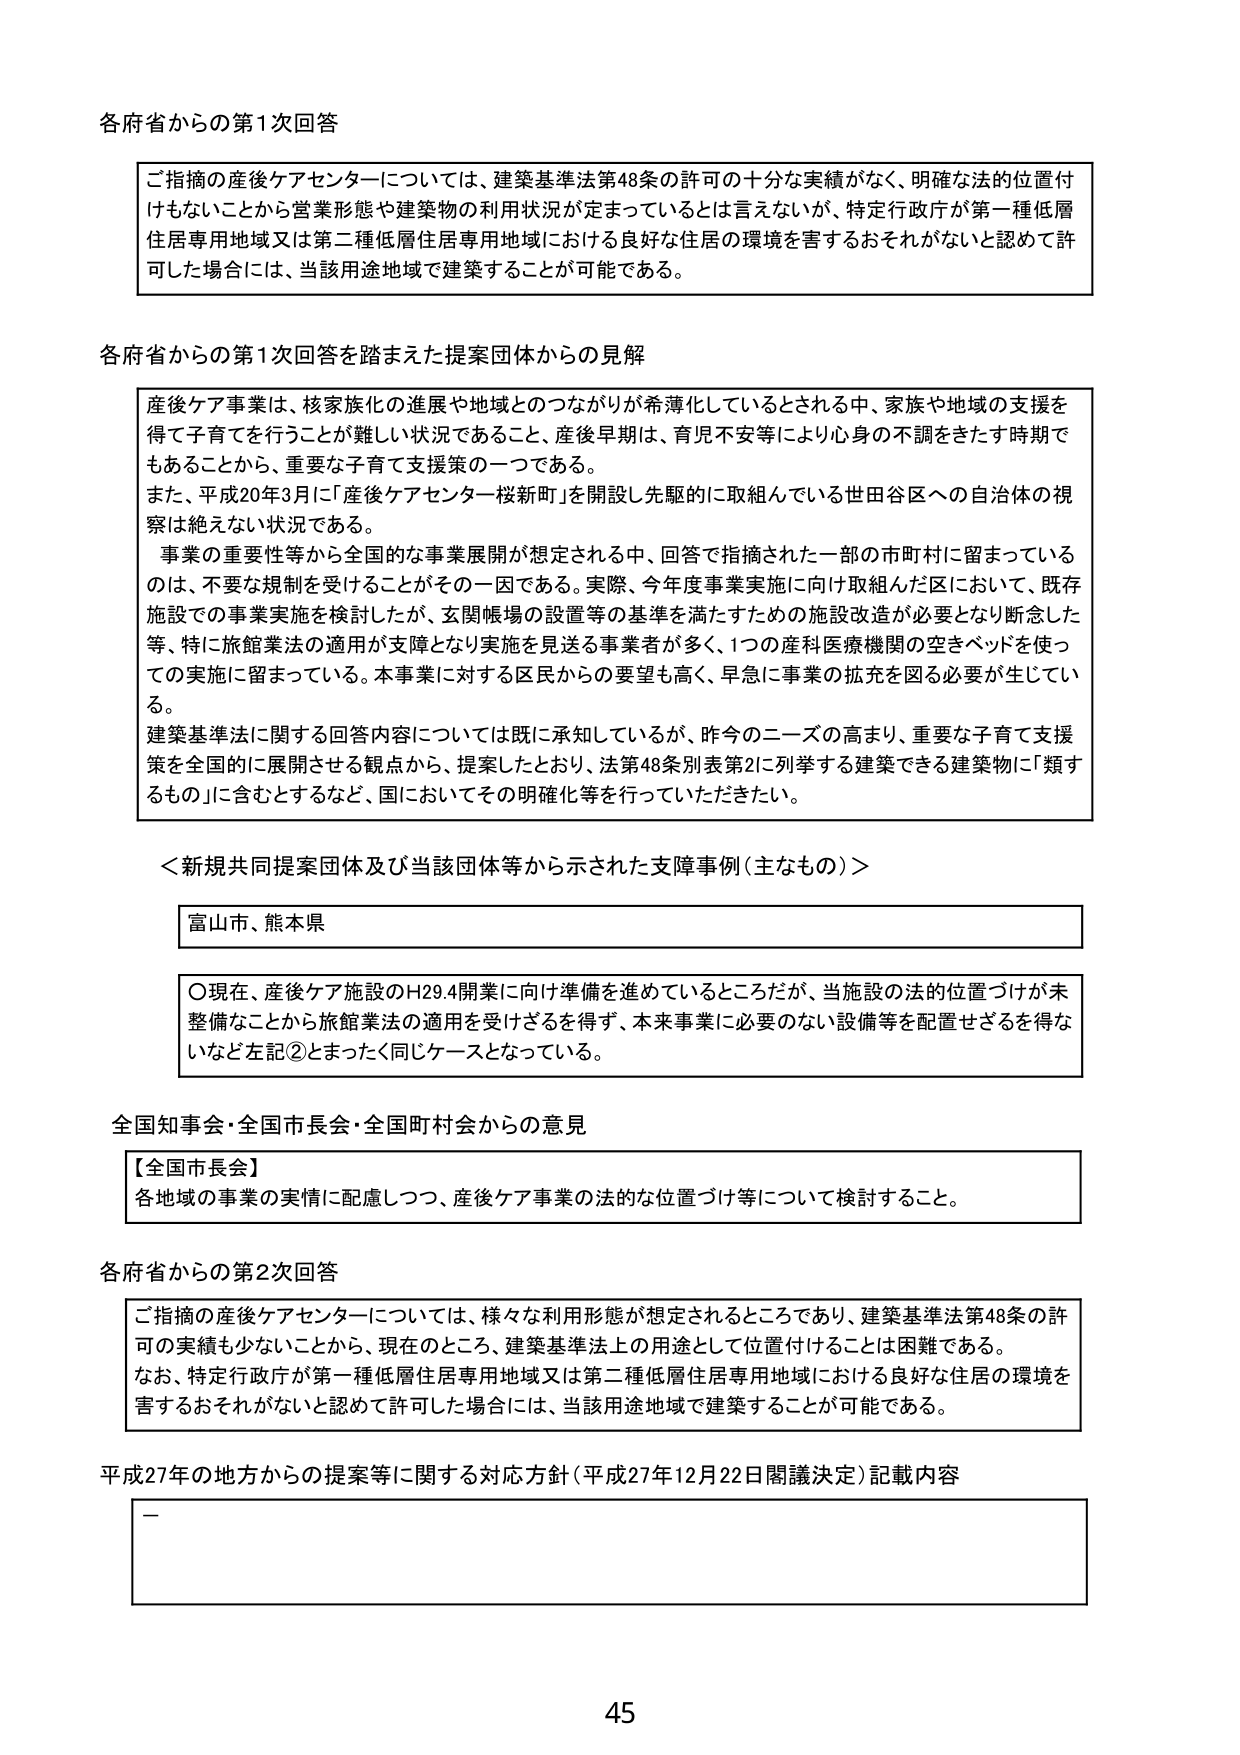
各府省からの第1次回答

ご指摘の産後ケアセンターについては、建築基準法第48条の許可の十分な実績がなく、明確な法的位置付けもないことから営業形態や建築物の利用状況が定まっているとは言えないが、特定行政庁が第一種低層住居専用地域又は第二種低層住居専用地域における良好な住居の環境を害するおそれがないと認めて許可した場合には、当該用途地域で建築することが可能である。

各府省からの第1次回答を踏まえた提案団体からの見解

産後ケア事業は、核家族化の進展や地域とのつながりが希薄化しているとされる中、家族や地域の支援を得て子育てを行うことが難しい状況であること、産後早期は、育児不安等により心身の不調をきたす時期でもあることから、重要な子育て支援策の一つである。
また、平成20年3月に「産後ケアセンター桜新町」を開設し先駆的に取組んでいる世田谷区への自治体の視察は絶えない状況である。
事業の重要性等から全国的な事業展開が想定される中、回答で指摘された一部の市町村に留まっているのは、不要な規制を受けることがその一因である。実際、今年度事業実施に向け取組んだ区において、既存施設での事業実施を検討したが、玄関帳場の設置等の基準を満たすための施設改造が必要となり断念した等、特に旅館業法の適用が支障となり実施を見送る事業者が多く、1つの産科医療機関の空きベッドを使っての実施に留まっている。本事業に対する区民からの要望も高く、早急に事業の拡充を図る必要が生じている。
建築基準法に関する回答内容については既に承知しているが、昨今のニーズの高まり、重要な子育て支援策を全国的に展開させる観点から、提案したとおり、法第48条別表第2に列挙する建築できる建築物に「類するもの」に含むとするなど、国においてその明確化等を行っていただきたい。

＜新規共同提案団体及び当該団体等から示された支障事例（主なもの）＞

富山市、熊本県

〇現在、産後ケア施設のH29.4開業に向け準備を進めているところだが、当施設の法的位置づけが未整備なことから旅館業法の適用を受けざるを得ず、本来事業に必要のない設備等を配置せざるを得ないなど左記②とまったく同じケースとなっている。

全国知事会・全国市長会・全国町村会からの意見

【全国市長会】
各地域の事業の実情に配慮しつつ、産後ケア事業の法的な位置づけ等について検討すること。

各府省からの第2次回答

ご指摘の産後ケアセンターについては、様々な利用形態が想定されるところであり、建築基準法第48条の許可の実績も少ないことから、現在のところ、建築基準法上の用途として位置付けることは困難である。
なお、特定行政庁が第一種低層住居専用地域又は第二種低層住居専用地域における良好な住居の環境を害するおそれがないと認めて許可した場合には、当該用途地域で建築することが可能である。

平成27年の地方からの提案等に関する対応方針（平成27年12月22日閣議決定）記載内容

－

45